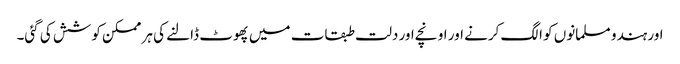
اور ہندو مسلمانوں کو الگ کرنے اور اونچے اور دلت طبقات میں پھوٹ ڈالنے کی ہر ممکن کوشش کی گئی۔